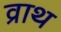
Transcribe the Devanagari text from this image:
व्राथ